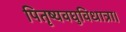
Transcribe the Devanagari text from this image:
पितृष्यवघुविधात्रा।